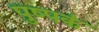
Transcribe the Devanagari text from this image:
पुष्‍पकं